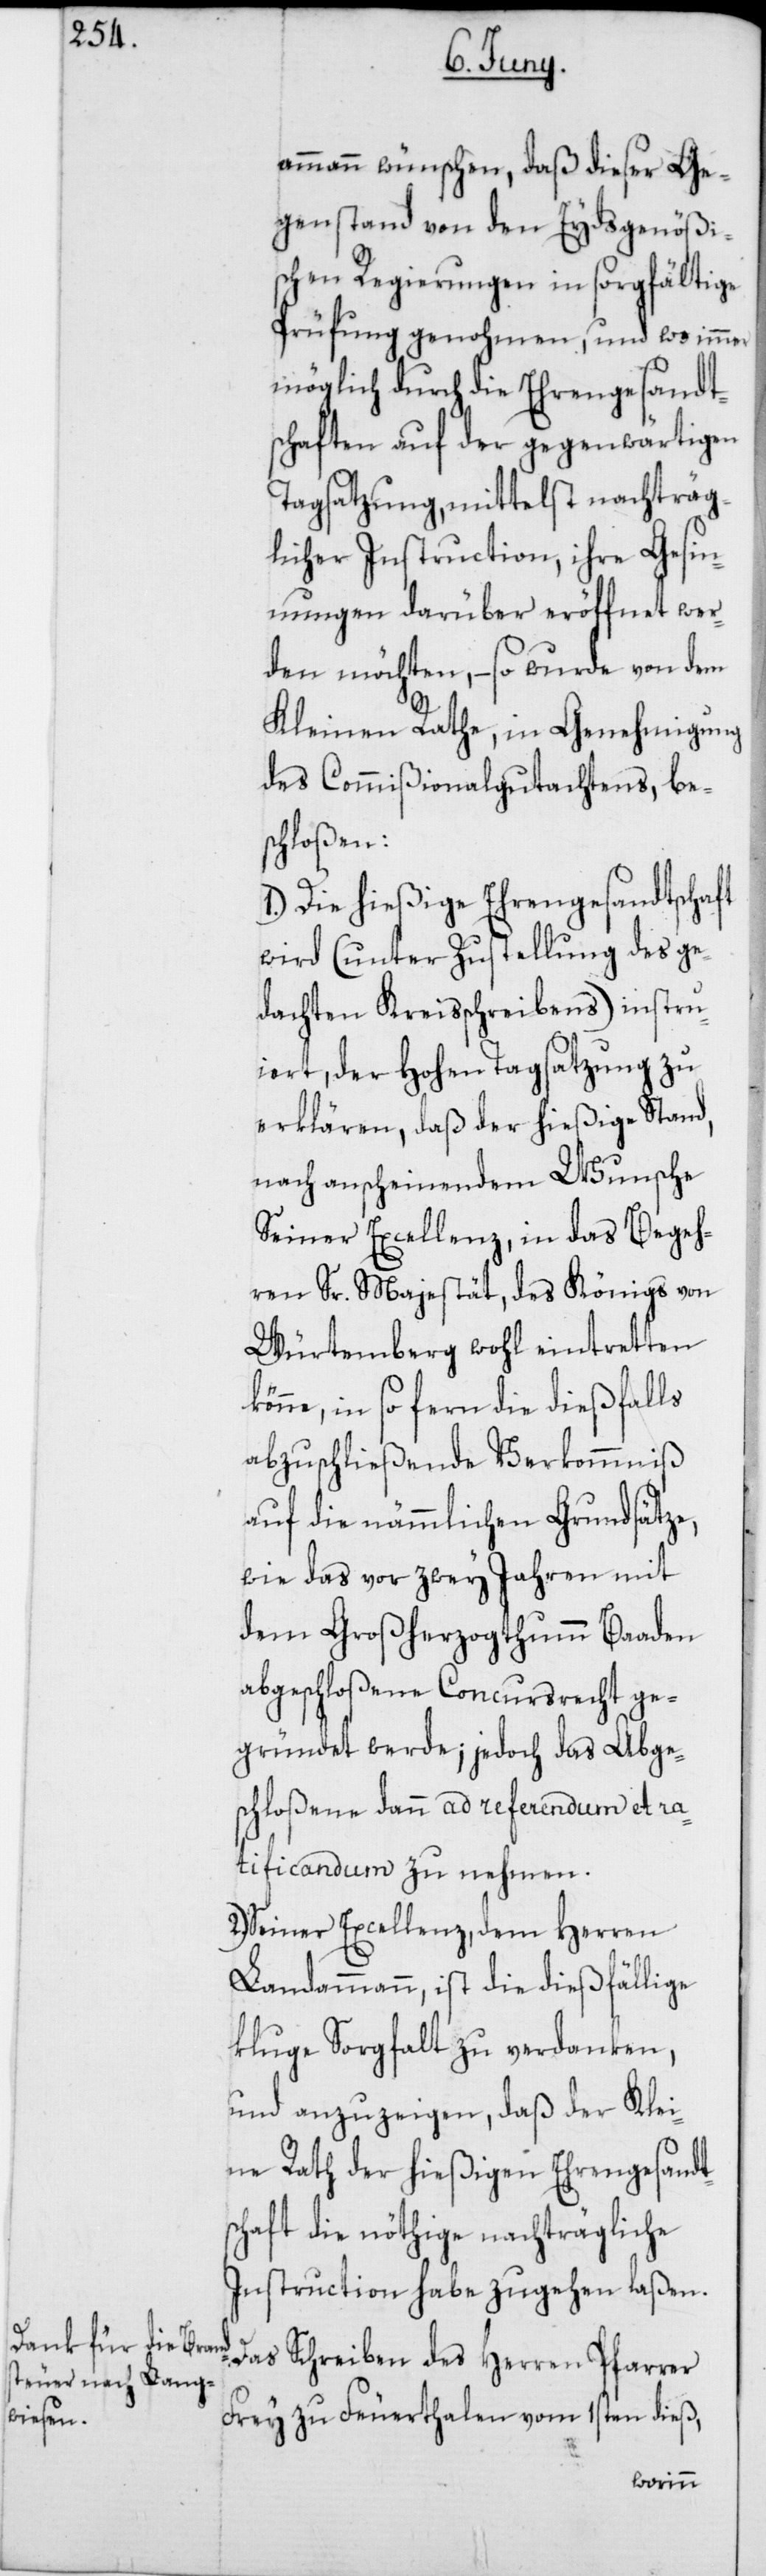
ammann wünschen, daß dieser Ge¬
genstand von den Eydsgenößi¬
schen Regierungen in sorgfältige
Prüfung genohmen, und wo immer
möglich durch die Ehrengesandt¬
schaften auf der gegenwärtigen
Tagsatzung, mittelst nachträg¬
licher Instruction, ihre Gesin¬
nungen darüber eröffnet wer¬
den möchten, – so wurde von dem
Kleinen Rathe, in Genehmigung
des Commißionalgutachtens bes¬
chloßen:
1.) Die hießige Ehrengesandtschaft
wird (unter Zustellung des ge¬
dachten Kreisschreibens) instru¬
iert, der Hohen Tagsatzung zu
erklären, daß der hießige Stand,
nach anscheinendem Wunsche
Seiner Excellenz, in das Begeh¬
ren Sr. Majestät, des Königs von
Würtemberg wohl eintretten
könne, in so ferne die dießfalls
abzuschließende Verkommniß
auf die nämmlichen Grundsätze,
wie das vor zwey Jahren mit
dem Großherzogthum Baaden
abgeschloßene Concursrecht ge¬
gründet werde; jedoch das Abge¬
schloßene dann ad referendum et ra¬
tificandum zu nehmen.
2.) Sr. Excellenz, dem Herren
Landammann, ist die dießfällige
kluge Sorgfalt zu verdanken,
und anzuzeigen, daß der Klei¬
ne Rath der hießigen Ehrengesandt¬
schaft die nöthige nachträgliche
Instruction habe zugehen laßen.
Das Schreiben des Herren Pfarrer
Frey zu Feuerthalen vom 1sten dieß,